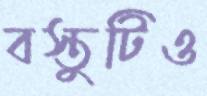
বস্তুটিও